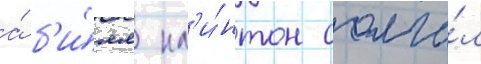
а́ б'и́лл кл'и́нтон солга́л